Leaving Certificate Examination (including Day School Certificate (Higher) General paper), 1928
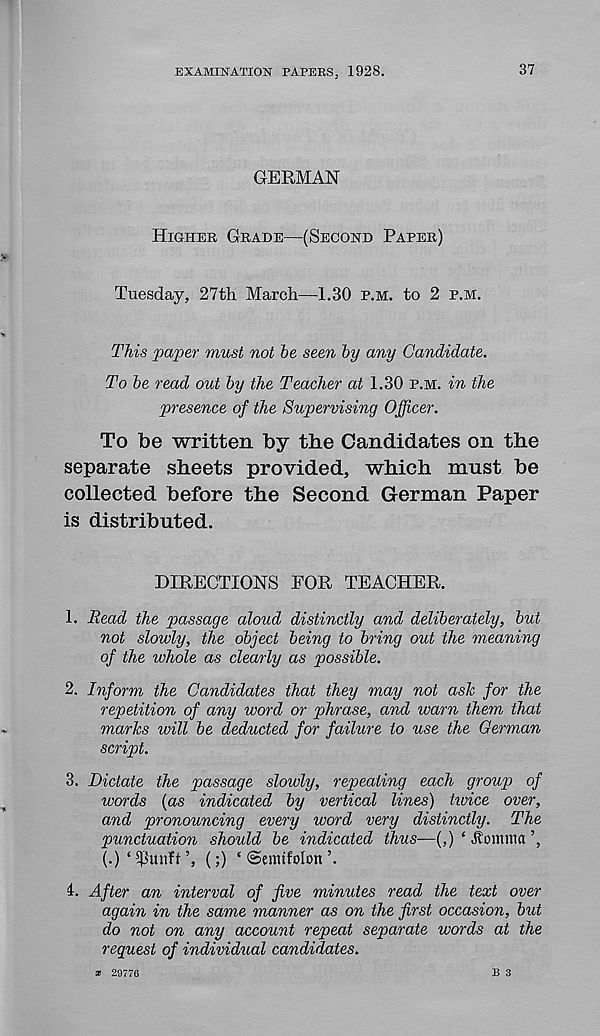
EXAMINATION PAPERS, 1928.
37
GERMAN
Higher Grade—(Second Paper)
Tuesday, 27th March—1.30 p.m. to 2 p.m.
This paper must not he seen by any Candidate.
To be read out by the Teacher at 1.30 p.m. in the
presence of the Supervising Officer.
To be written by the Candidates on the
separate sheets provided, which must be
collected before the Second German Paper
is distributed.
DIRECTIONS FOR TEACHER.
1. Read the passage aloud distinctly and deliberately, but
not slowly, the object being to bring out the meaning
of the whole as clearly as possible.
2. Inform the Candidates that they may not ask for the
repetition of any word or phrase, and warn them that
marks will be dediicted for failure to use the German
script.
3. Dictate the passage slowly, repeating each group of
words (as indicated by vertical lines) twice over,
and pronouncing every word very distinctly. The
punctuation should be indicated thus—(,) ‘ item met
(.)‘$unft\ (;) ‘ ©emtfolon’.
i. After an interval of five minutes read the text over
again in the same manner as on the first occasion, but
do not on any account repeat separate words at the
request of individual candidates.
b s
* 29776